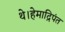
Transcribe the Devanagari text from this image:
थे।हेमाद्रिपंत